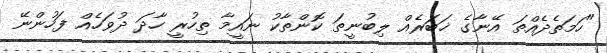
"ހަމަތެދެއްތަ އޭނާގެ ޚަބަރެއް ލިބުނީތަ ކޮންތާކު ނައީމާ ތިހުރީ ހާދަ ދުވަހެއް ފަހުންނޭ